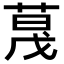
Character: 𬝏